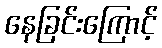
နေခြင်းကြောင့်